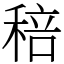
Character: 稖